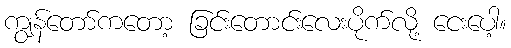
ကျွန်တော်ကတော့ ခြင်းတောင်းလေးပိုက်လို့ ငေးပေါ့။